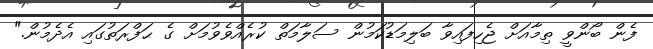
ފެން ބޯންވީ ތިމާއަށް ޖެހިފައިވާ ބަލިމަޑުކަމުން ސަލާމަތް ކުރެއްވެވުމަށް ގެ ޙަފްރަތުގައި އެދެމުން."